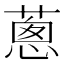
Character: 蔥